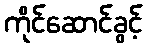
ကိုင်ဆောင်ခွင့်